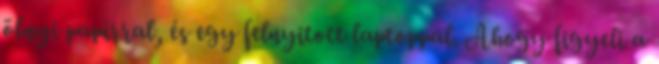
ölnyi papírral, és egy felnyitott laptoppal. Ahogy figyeli a